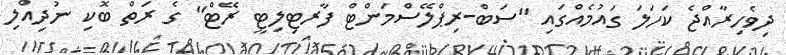
ދިވެހިރާއްޖެ ކަހަލަ ގައުމެއްގައި "ސަބް-ރިޕްލޭސްމަންޓް ފާރޓިލިޓީ ރޭޓް" ގެ ރަތް ބޮކި ނުދިއްލި